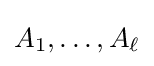
A_{1},\ldots ,A_{\ell }